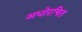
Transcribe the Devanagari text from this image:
अधोरचित